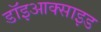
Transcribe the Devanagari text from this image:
डॉइआक्साइड